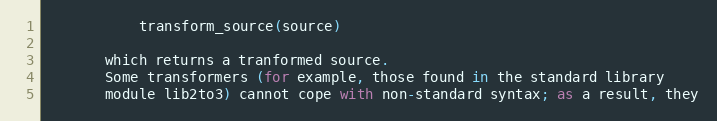
Language: Python
           transform_source(source)

       which returns a tranformed source.
       Some transformers (for example, those found in the standard library
       module lib2to3) cannot cope with non-standard syntax; as a result, they